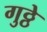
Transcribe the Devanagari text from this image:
गुठ्ठे